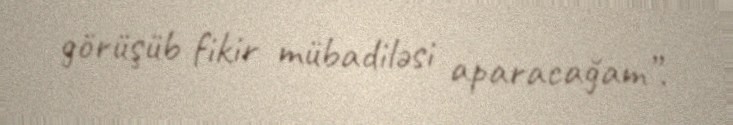
görüşüb fikir mübadiləsi aparacağam”.